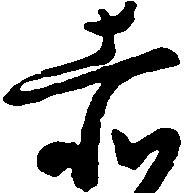
赤